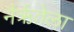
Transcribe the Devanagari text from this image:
नैर्ऋतेला